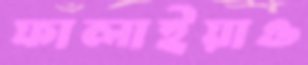
ফালাইয়াও